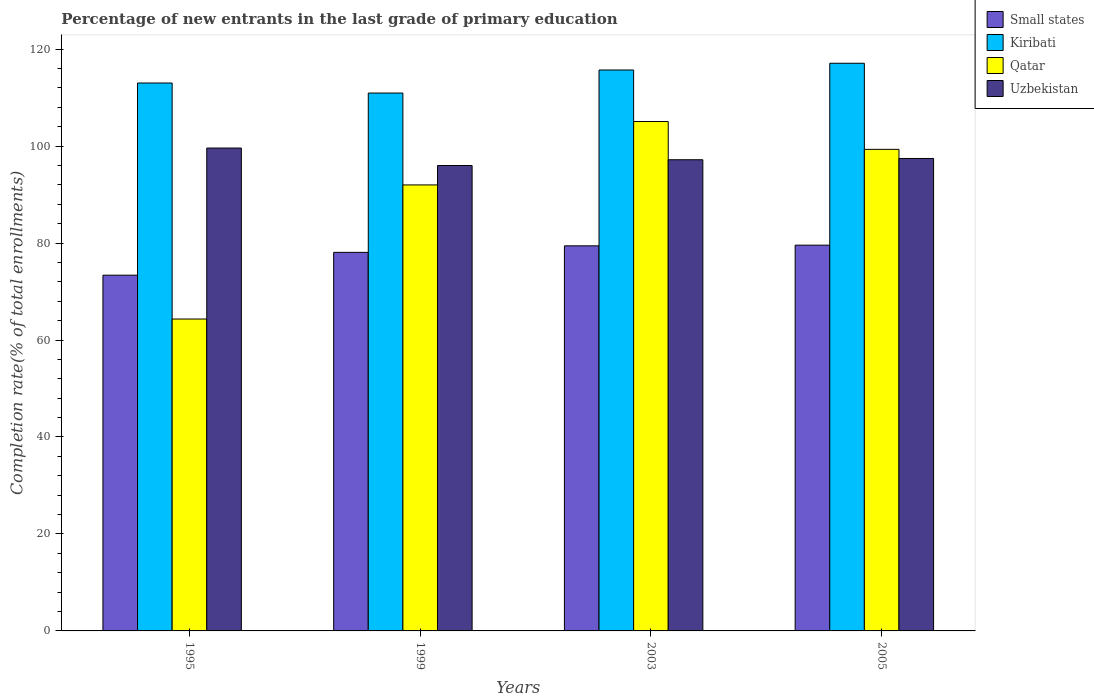
| Years | Small states | Kiribati | Qatar | Uzbekistan |
 | --- | --- | --- | --- | --- |
 | 1995 | 73.4 | 113 | 64.3 | 99.6 |
 | 1999 | 78.1 | 111 | 92 | 96 |
 | 2003 | 79.4 | 116 | 105 | 97.2 |
 | 2005 | 79.6 | 117 | 99.3 | 97.4 |